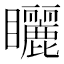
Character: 矖